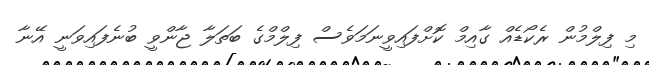
މި ފިލްމުން ރެކޯޑެއް ގާއިމް ކޮށްފައިވީނަމަވެސް ފިލްމްގެ ބަތަލާ ޖާންވީ ބުނެފައިވަނީ އޭނާ